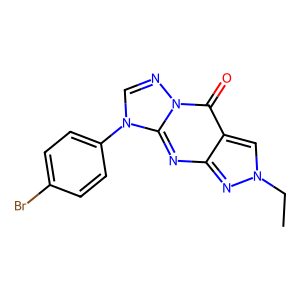
SMILES: CCn1cc2c(=O)n3ncn(-c4ccc(Br)cc4)c3nc2n1
Inhibits HIV replication: No